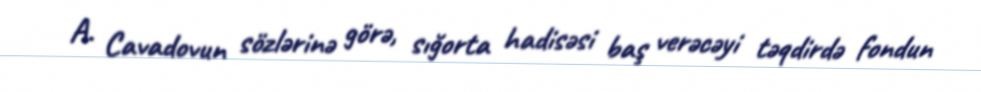
A. Cavadovun sözlərinə görə, sığorta hadisəsi baş verəcəyi təqdirdə fondun